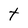
Character: t